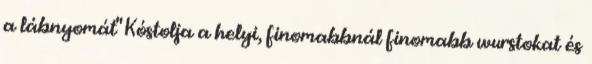
a lábnyomát" Kóstolja a helyi, finomabbnál finomabb wurstokat és